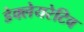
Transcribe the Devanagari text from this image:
डेक्लेयरेटिव